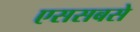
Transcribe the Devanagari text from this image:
एससबसे